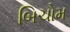
બિચોમ